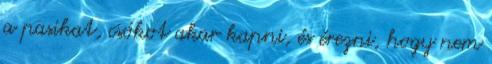
a pasikat, csókot akar kapni, és érezni, hogy nem